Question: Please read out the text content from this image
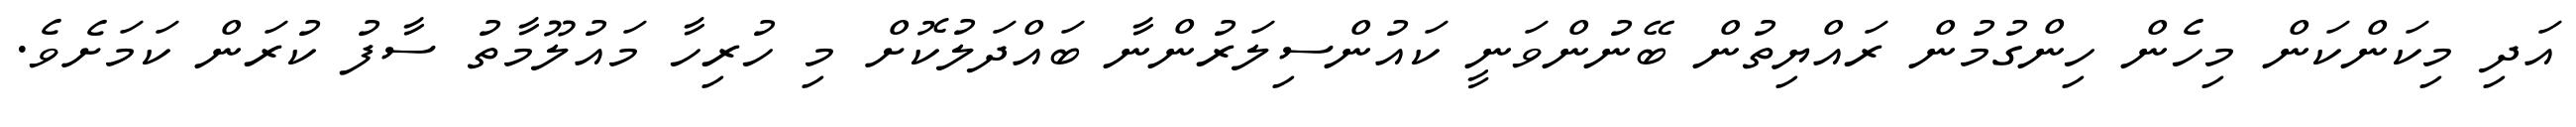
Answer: އަދި މިކަންކަން މިހެން ހިންގުމުން ރައްޔިތުން ބޭނުންވަނީ ކައުންސިލަރުންނާ ބައްދަލުކޮށް މި ހުރިހާ މައުލޫމާތު ސާފު ކުރަން ކަމަށެވެ.